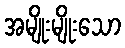
အမျိုးမျိုးသော